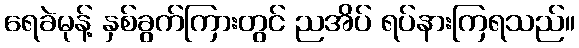
ရေခဲမုန့် နှစ်ခွက်ကြားတွင် ညအိပ် ရပ်နားကြရသည်။